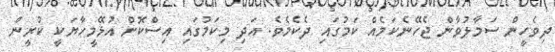
ދިވެހީން ސަމާލުވާން ޖެހޭނެކަމެއް ކަމުގައި ދެކެމެވެ. އަދި މިކަމުގައި އިސްކޮށް އުޅޭމީހާޔަކީ ކުރީން